Eesti_Esindaja_Kaug-Idas_ja_Hiinas, lk 19
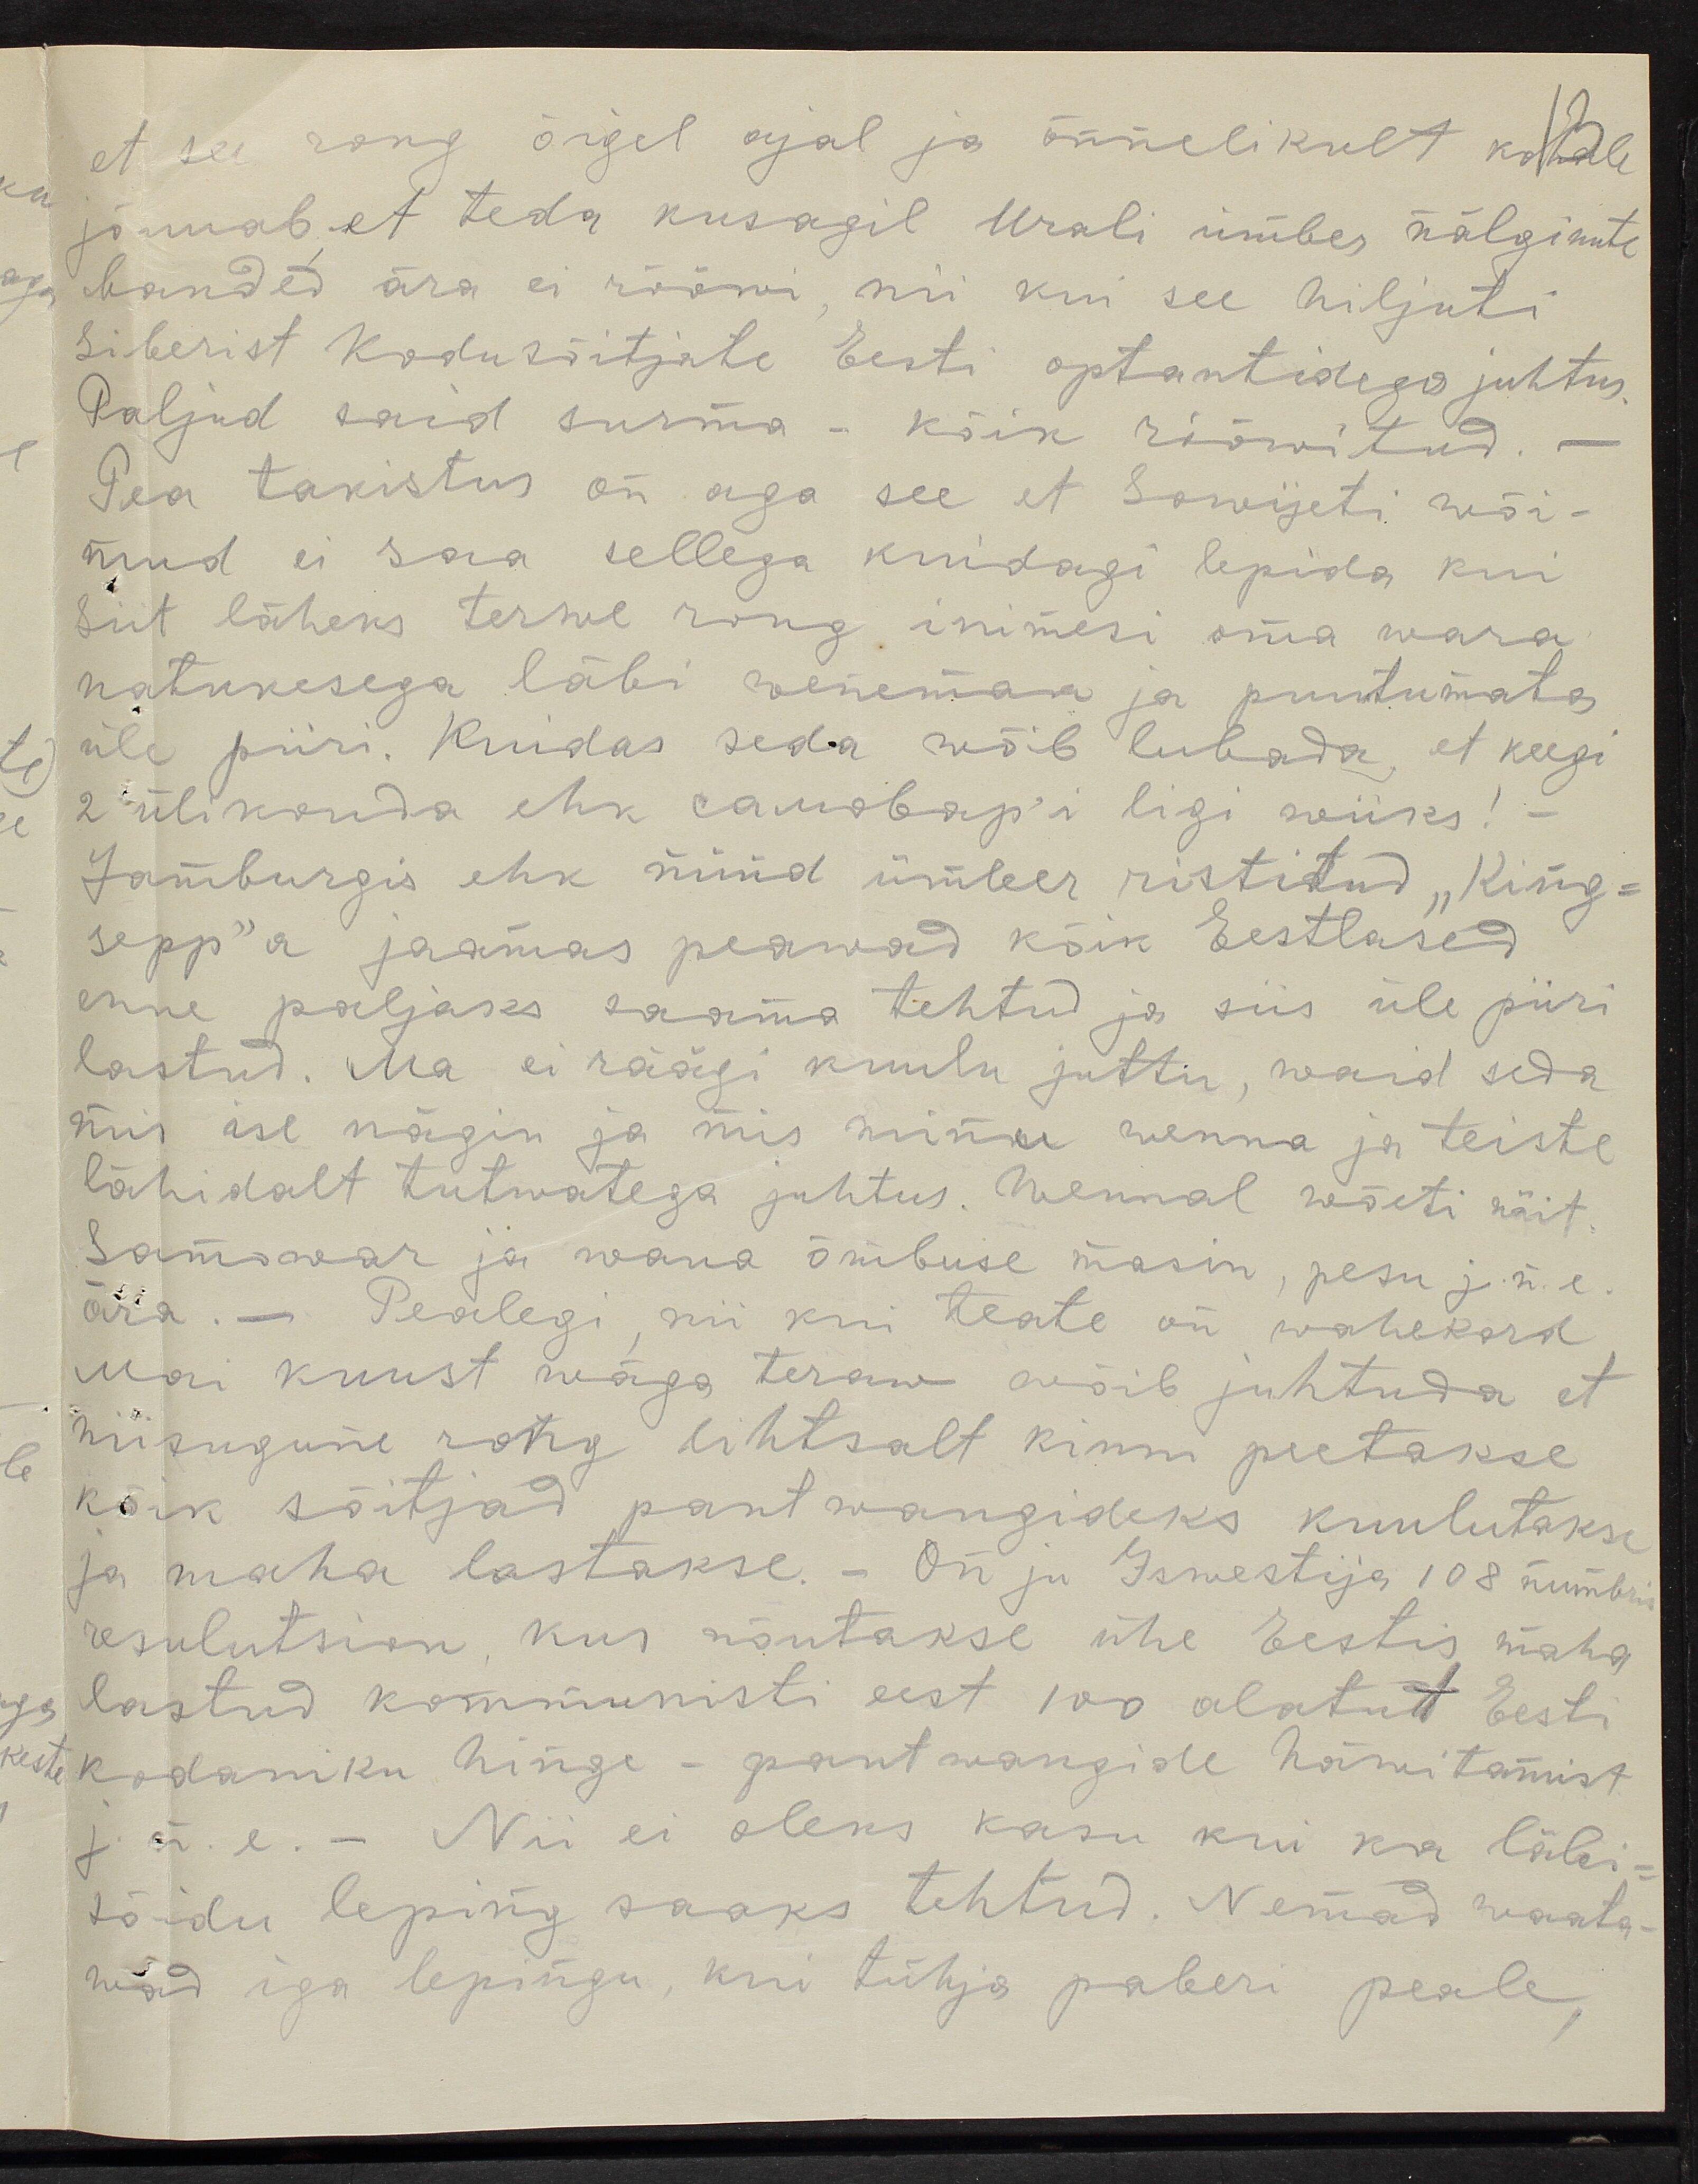
et see rong õigel ajal ja õnnelikult kohale
jõuuab et teda kusagil Urali ümber nälginute
banded ära ei rööwi, nii kui see hiljuti
Siberist kodusõitjate Eesti optantidega juhtus.
Paljud said surma - kõik rööwitud.
Pea takistus on aga see et Sowijeti wõi-
mud ei saa sellega kuidagi lepida kui
siit läheks terwe rong inimesi oma wara
natukesega läbi Wenemaa ja puutumata
üle piiri. Kuidas seda wõib lubada, et keegi
2 ülikonda ehk саMовар-i ligi wiiks!
Jamburgis ehk nüüd ümber ristitud "King-
sepp"a jaamas peawad kõik Eestlased
enne paljaks saama tehtud ja siis üle piiri
lastud. Ma ei räägi kuulu juttu, waid seda
mis ise nägin ja mis minu wenna ja teiste
lähidalt tutwatega juhtus. Wennal wõeti näit-
samawar ja wana õmbuse masin, pesu j.n.e.
ära. - Pealegi nii kui teate on wahekord
Mai kuust mäga teraw wõib juhtuda et
niisugune rong lihtsalt kinni peetakse
kõik sõitjad pantwangideks kuulutakse
ja maha lastakse. On ju Izwestija 108 numbris
resulutsion, kus nõutakse ühe Eestis maha
lastud kommunisti eest 100 alatut Eesti
kodaniku hinge - pantwangide häwitamist
j. n. e. - Nii ei oleks kasu kui ka läbi-
sõidu leping saaks tehtud. Nemad waata-
wad iga lepingu, kui tühja paberi peale,